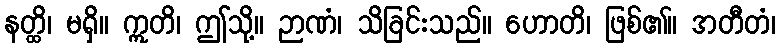
နတ္ထိ၊ မရှိ။ ဣတိ၊ ဤသို့။ ဉာဏံ၊ သိခြင်းသည်။ ဟောတိ၊ ဖြစ်၏။ အတီတံ၊